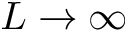
L \rightarrow \infty